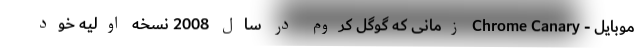
موبایل - Chrome Canary زمانی که گوگل کروم در سال 2008 نسخه اولیه خود